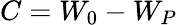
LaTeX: C=W_{0}-W_{P}